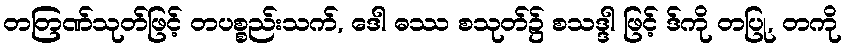
တတြဏ်သုတ်ဖြင့် တပစ္စည်းသက်, ဒေါ ဓဿ စသုတ်၌ စသဒ္ဒါ ဖြင့် ဒ်ကို တပြု, တကို